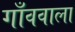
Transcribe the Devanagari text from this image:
गाँववाला